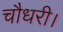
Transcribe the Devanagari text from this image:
चौधरी।